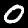
Label: 0